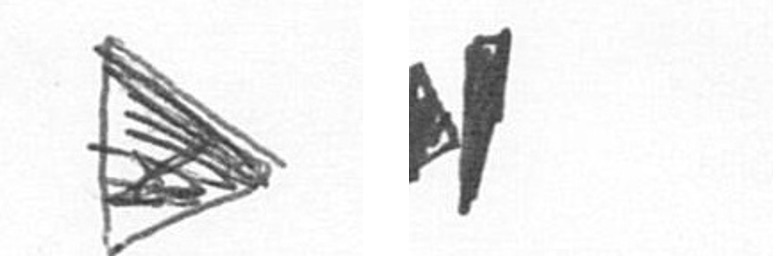
T M